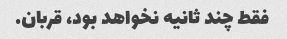
فقط چند ثانیه نخواهد بود، قربان.